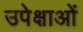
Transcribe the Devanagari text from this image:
उपेक्षाओं